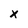
Character: x